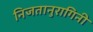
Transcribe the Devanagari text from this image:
निजतानुरागिनी